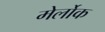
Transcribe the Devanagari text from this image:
मेर्लोक